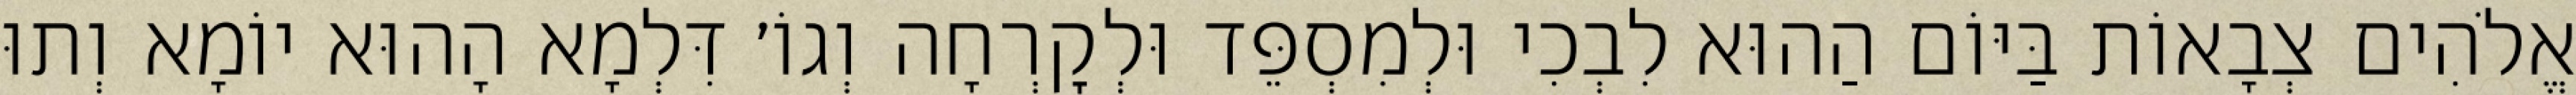
אֱלֹהִים צְבָאוֹת בַּיּוֹם הַהוּא לִבְכִי וּלְמִסְפֵּד וּלְקׇרְחָה וְגוֹ׳ דִּלְמָא הָהוּא יוֹמָא וְתוּ